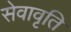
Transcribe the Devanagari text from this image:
सेवावृति